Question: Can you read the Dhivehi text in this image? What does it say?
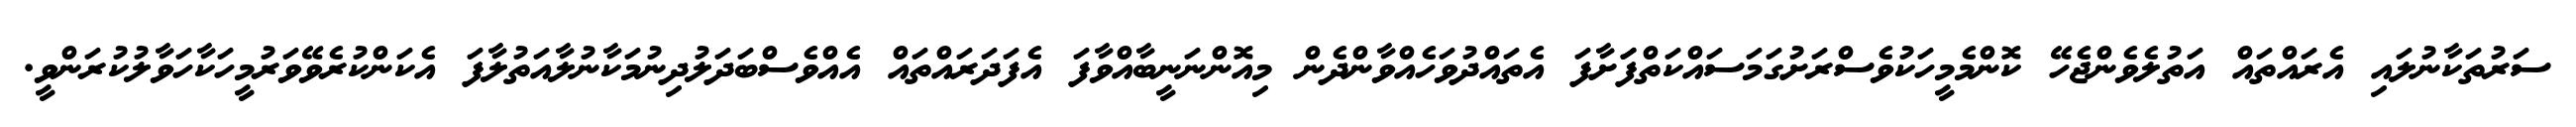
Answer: ސަރުތަކާނުލައި އެރައްތައް އަތުލެވެންޖެހޭ ކޮންމެމީހަކުވެސްރަށުގަމަސައްކަތްފަަށާފަ އެތައްދުވަހެއްވާންދެން މިއޮންނަނީބާއްވާފަ އެފަދަރައްތައް އެއްވެސްބަދަލުދިނުމަކާނުލާއަތުލާފަ އެކަންކުރެވޭވަރުމީހަކާހަވާލުކުރަންވީ.